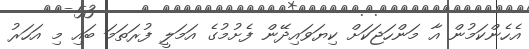
އެހެންކަމުން އާ މަންހަޖަކަށް ކިޔަވައިދޭން ފެށުމުގެ އަމަލީ ފުރަތަމަ ބައި މި އަހަރު